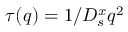
\tau ( q ) = 1 / D _ { s } ^ { x } q ^ { 2 }